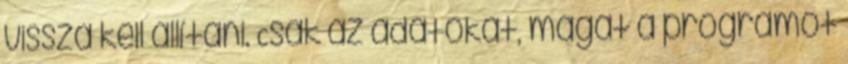
vissza kell állítani. Csak az adatokat, magát a programot